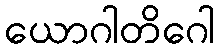
ယောဂါတိဂေါ